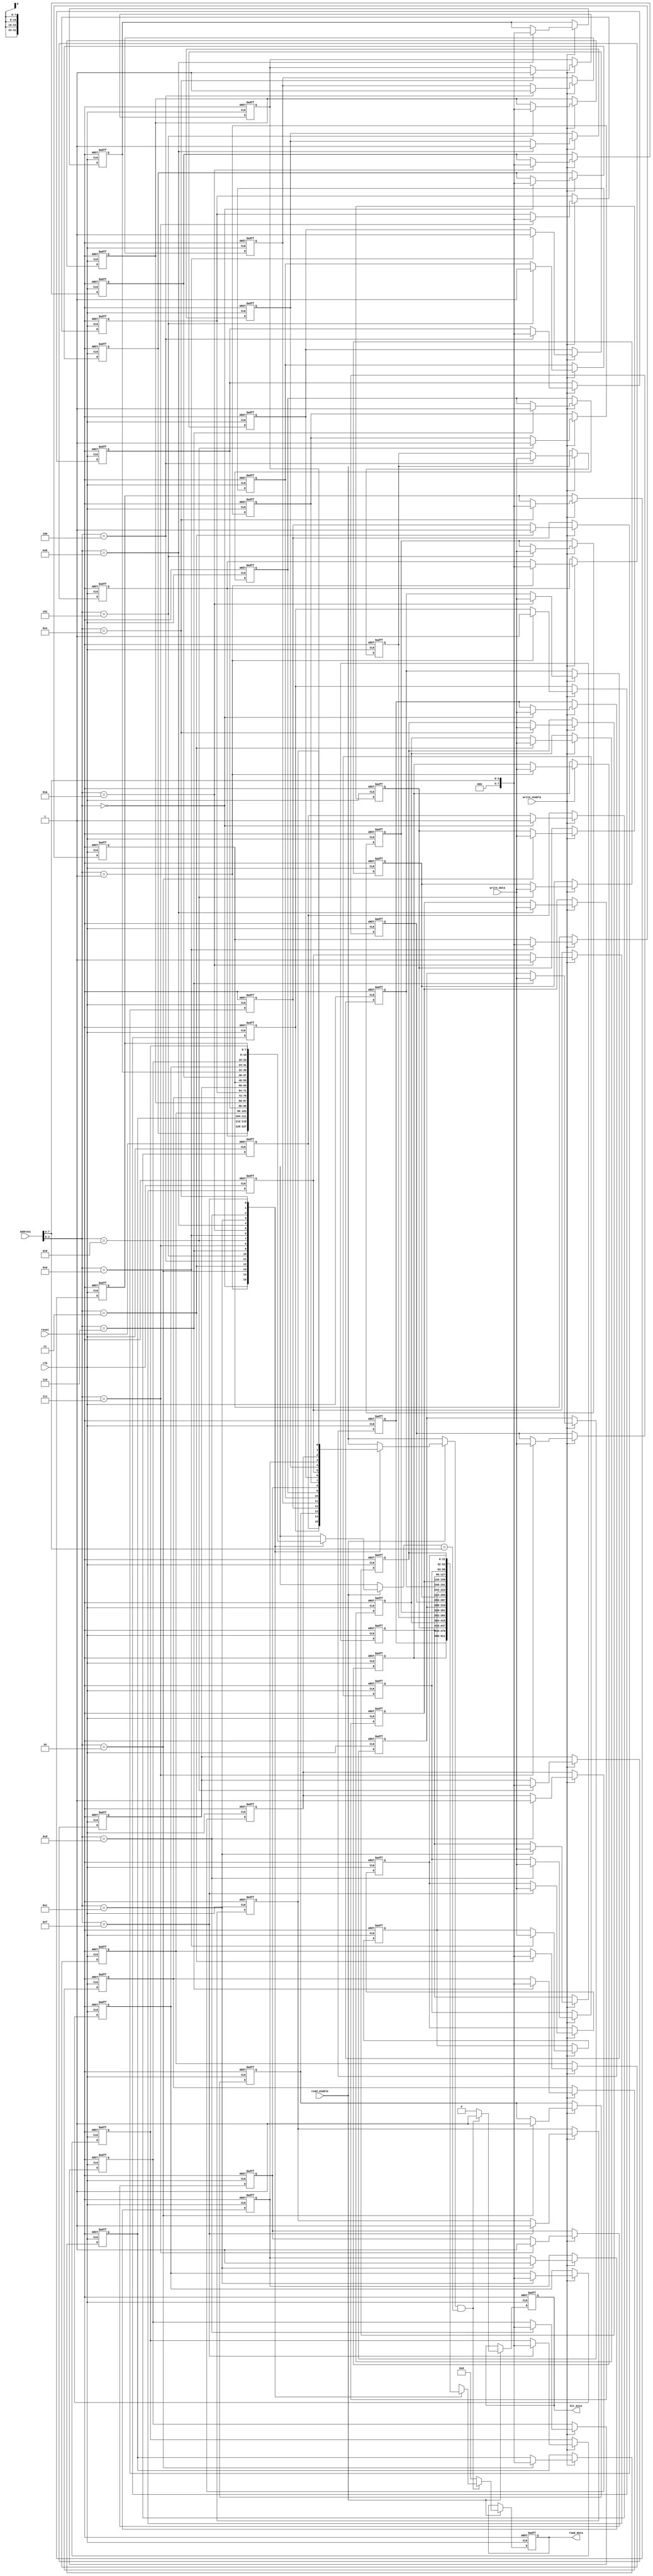
module DirectMappedCache #(
    parameter CACHE_SIZE = 16,      // Number of cache lines
    parameter BLOCK_SIZE = 4,        // Size of each block in bytes
    parameter ADDR_WIDTH = 8          // Address width (for simplicity)
)(
    input wire clk,
    input wire reset,
    input wire [ADDR_WIDTH-1:0] address,   // Memory address input
    input wire [31:0] write_data,           // Data to write (for write operations)
    input wire read_enable,                  // Read operation enable
    input wire write_enable,                 // Write operation enable
    output reg [31:0] read_data,            // Data output for read operation
    output reg hit_miss                      // Hit (1) or Miss (0) indicator
);

    // Cache line structure
    reg [31:0] cache_data [0:CACHE_SIZE-1]; // Data storage
    reg [ADDR_WIDTH-1:0] cache_tag [0:CACHE_SIZE-1]; // Tag storage
    reg cache_valid [0:CACHE_SIZE-1];       // Valid bits

    // Address decoding
    wire [ADDR_WIDTH-1:0] tag;
    wire [$clog2(CACHE_SIZE)-1:0] index;
    wire [$clog2(BLOCK_SIZE)-1:0] offset;

    assign tag = address[ADDR_WIDTH-1:ADDR_WIDTH-$clog2(CACHE_SIZE)-1];
    assign index = address[$clog2(CACHE_SIZE)-1:0];
    assign offset = address[$clog2(BLOCK_SIZE)-1:0];

    // Cache initialization and operations
    integer i;
    
    always @(posedge clk or posedge reset) begin
        if (reset) begin
            // Initialize cache on reset
            for (i = 0; i < CACHE_SIZE; i = i + 1) begin
                cache_data[i] <= 32'b0;
                cache_tag[i] <= {ADDR_WIDTH{1'b0}};
                cache_valid[i] <= 1'b0;
            end
            read_data <= 32'b0;
            hit_miss <= 1'b0;
        end else begin
            // Read operation
            if (read_enable) begin
                if (cache_valid[index] && (cache_tag[index] == tag)) begin
                    // Cache hit
                    read_data <= cache_data[index];
                    hit_miss <= 1'b1;
                end else begin
                    // Cache miss
                    read_data <= 32'b0; // In a real implementation, this would fetch from memory
                    hit_miss <= 1'b0;
                end
            end

            // Write operation
            if (write_enable) begin
                // Write data to cache
                cache_data[index] <= write_data;
                cache_tag[index] <= tag;
                cache_valid[index] <= 1'b1; // Mark as valid
            end
        end
    end

endmodule